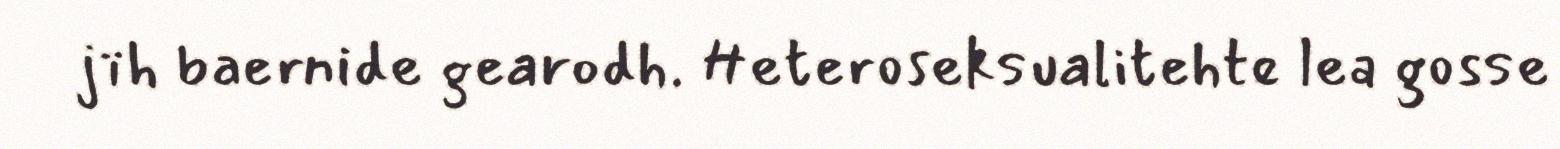
jïh baernide gearodh. Heteroseksualitehte lea gosse